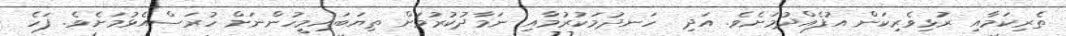
ތެރިކަމާއި ރުޅިވެރިކަން އުފެއްދުމަށެވެ. އަދި  ހަނދުމަކުރުމާއި ނަމާދުކުރުމަށް ތިޔަބައިމީހުންނަށް ހުރަސްއެޅުމަށެވެ. ފަހެ